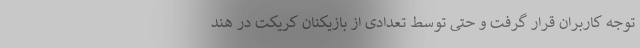
توجه کاربران قرار گرفت و حتی توسط تعدادی از بازیکنان کریکت در هند